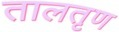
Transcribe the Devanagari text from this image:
तालतृण